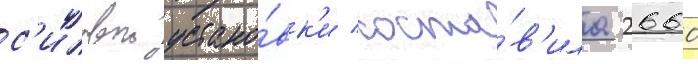
с'иловои устано́вк'и соста́в'ила 2660